Scientific memoirs by medical officers of the Army of India - Part XI,
Year: 1898
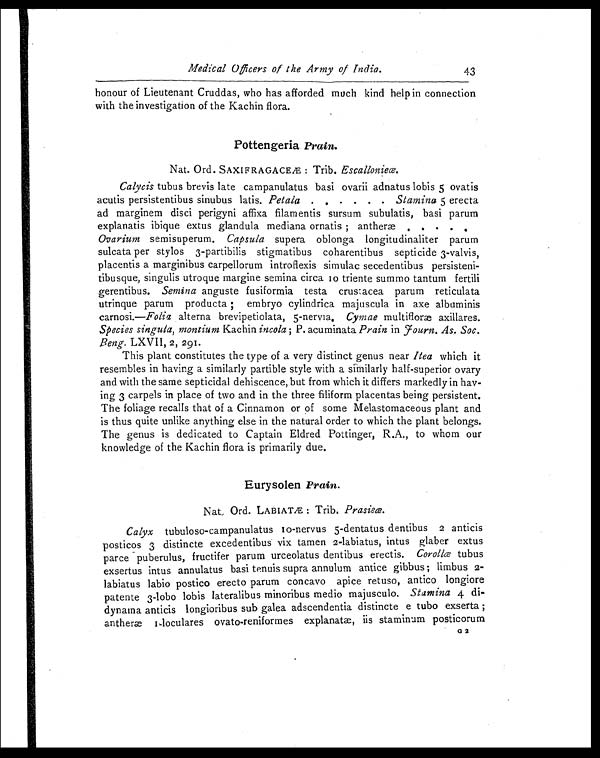
Medical Officers of the Army of India.
43
honour of Lieutenant Cruddas, who has afforded much kind help in connection
with the investigation of the Kachin flora.
Pottengeria P r a i n
.
Nat. Ord. SAXIFRAGACEÆ: Trib. Escallonieœ.
Calycis tubus brevis late campanulatus basi ovarii adnatus lobis 5 ovatis
acutis persistentibus sinubus latis. Petala
Stamina 5 erecta
ad marginem disci perigyni affixa filamentis sursum subulatis, basi parum
explanatis ibique extus glandula mediana ornatis; antheræ.
Ovarium semisuperum. Capsula supera oblonga longitudinaliter parum
sulcata per stylos 3-partibilis stigmatibus coharentibus septicide 3-valvis,
placentis a marginibus carpellorum introflexis simulac secedentibus persisteni-
tibusque, singulis utroque margine semina circa I0 triente summo tantum fertili
gerentibus. Semina anguste fusiformia testa crustacea parum reticulate
utrinque parum producta; embryo cylindrica majuscula in axe albuminis
carnosi.—Folia alterna brevipetiolata, 5-nervia. Cymae multiflor axillares.
Species sirigula, montium Kachin incola; P. acuminata Prain in Fourn. As. Soc.
Beng. LXVII, 2, 291.
This plant constitutes the type of a very distinct genus near Itea which it
resembles in having a similarly partible style with a similarly half-superior ovary
and with the same septicidal dehiscence, but from which it differs markedly in hav-
ing 3 carpels in place of two and in the three filiform placentas being persistent.
The foliage recalls that of a Cinnamon or of some Melastomaceous plant and
is thus quite unlike anything else in the natural order to which the plant belongs.
The genus is dedicated to Captain Eldred Pottinger, R.A., to whom our
knowledge of the Kachin flora is primarily due.
Eurysolen Prain.
Nat, Ord. LABIATÆ Trib. Prasieœ.
Calyx tubuloso-campanulatus I0-nervus 5-dentatus dentibus 2 anticis
posticos 3 distincte excedentibus vix tamen 2-labiatus, intus glaber extus
parce puberulus, fructifer parum urceolatus dentibus erectis. Corollœ tubus
exsertus intus annulatus basi tenuis supra annulum antice gibbus; limbus
2 -
l a b i a t u s l a b i o p o s t i c o e r e c t o p a r u m c o n c a v o a p i c e r e t u s o , a n t i c o l o n g i o r e
patente 3-lobo lobis lateralibus minoribus medio majusculo. Stamina 4 di-
dynama anticis longioribus sub galea adscendentia distincte e tubo exserta ;
anther I-loculares ovato-reniformes explanat, iis staminum posticorum
G 2
G 2